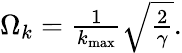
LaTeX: \begin{array}{r}{\Omega_{k}=\frac{1}{k_{\mathrm{max}}}\sqrt{\frac{2}{\gamma}}.}\end{array}